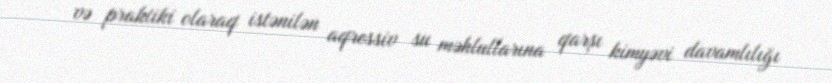
və praktiki olaraq istənilən aqressiv su məhlullarına qarşı kimyəvi davamlılığı